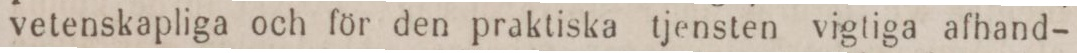
vetenskapliga och för den praktiska tjensten vigtiga afhand-